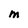
Character: M